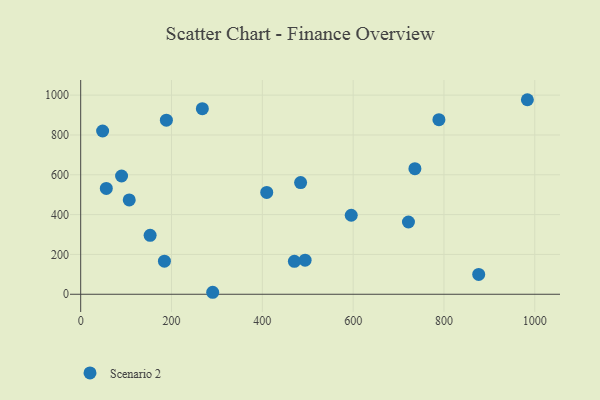
{"axis": {"x": "Engine Size", "y": "Salary"}, "legend": ["Scenario 2"], "data": [{"x": "56.4", "y": 531.3, "type": "Scenario 2"}, {"x": "494.2", "y": 171.2, "type": "Scenario 2"}, {"x": "188.7", "y": 874.4, "type": "Scenario 2"}, {"x": "736.0", "y": 630.5, "type": "Scenario 2"}, {"x": "106.9", "y": 473.7, "type": "Scenario 2"}, {"x": "48.3", "y": 820.0, "type": "Scenario 2"}, {"x": "290.7", "y": 9.9, "type": "Scenario 2"}, {"x": "721.8", "y": 362.9, "type": "Scenario 2"}, {"x": "470.6", "y": 165.4, "type": "Scenario 2"}, {"x": "409.7", "y": 511.6, "type": "Scenario 2"}, {"x": "983.7", "y": 977.0, "type": "Scenario 2"}, {"x": "788.9", "y": 876.9, "type": "Scenario 2"}, {"x": "184.4", "y": 166.2, "type": "Scenario 2"}, {"x": "876.5", "y": 99.5, "type": "Scenario 2"}, {"x": "484.3", "y": 561.1, "type": "Scenario 2"}, {"x": "152.9", "y": 295.9, "type": "Scenario 2"}, {"x": "595.8", "y": 396.7, "type": "Scenario 2"}, {"x": "90.0", "y": 594.0, "type": "Scenario 2"}, {"x": "267.9", "y": 932.1, "type": "Scenario 2"}]}